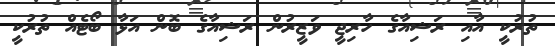
ތުރުކީ އާއި ރަޝިއާގެ ހާރިޖީ ވަޒީރުން ރަޝިއާގެ ބޮން އަޅާ ބޯޓެއް ތުރުކީ